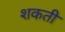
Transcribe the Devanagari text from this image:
शकती